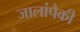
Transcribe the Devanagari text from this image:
जालांपैकी